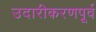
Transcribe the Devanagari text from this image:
उदारीकरणपूर्व